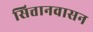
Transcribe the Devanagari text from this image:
सित्तानवासन